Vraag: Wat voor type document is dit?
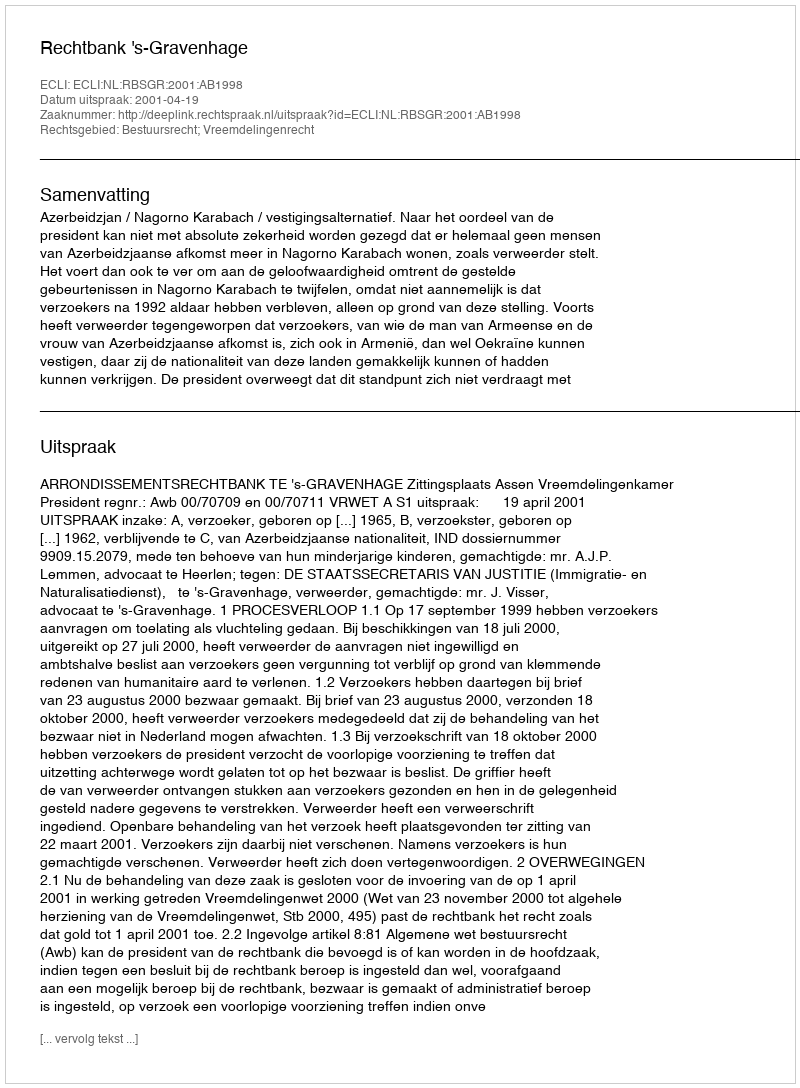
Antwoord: Uitspraak